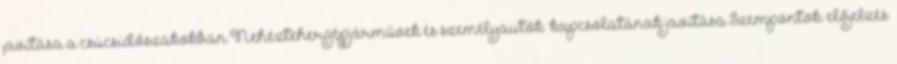
javítása a csúcsidőszakokban Nehéztehergépjárművek és személyautók „kapcsolatának”javítása Szempontok: előjelzés